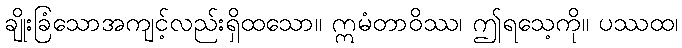
ချိုးခြံသောအကျင့်လည်းရှိထသော။ ဣမံတာဝိဿ၊ ဤရသေ့ကို။ ပဿထ၊